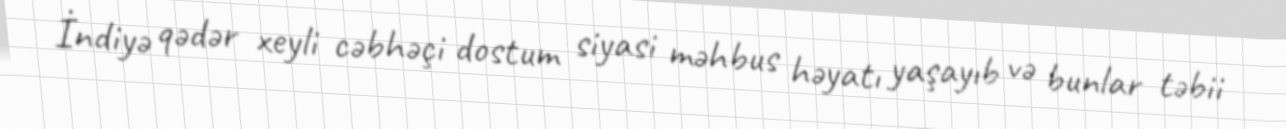
İndiyə qədər xeyli cəbhəçi dostum siyasi məhbus həyatı yaşayıb və bunlar təbii